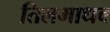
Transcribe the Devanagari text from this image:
तिलमाधव